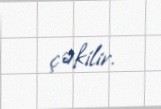
çəkilir.